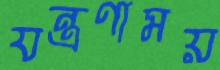
যন্ত্রণাময়